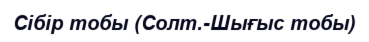
Сібір тобы (Солт.-Шығыс тобы)